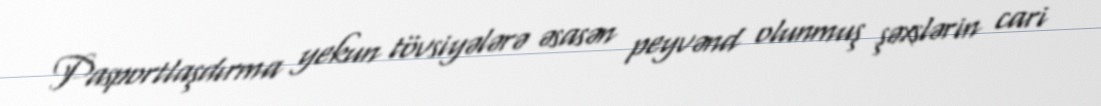
Pasportlaşdırma yekun tövsiyələrə əsasən peyvənd olunmuş şəxslərin cari